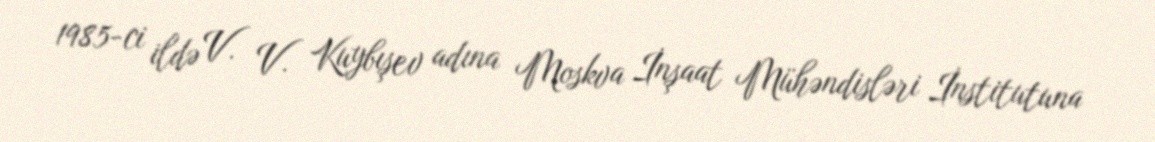
1985-ci ildə V. V. Kuybışev adına Moskva İnşaat Mühəndisləri İnstitutuna